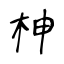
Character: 柛